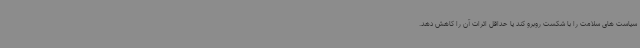
سیاست های سلامت را با شکست روبرو کند یا حداقل اثرات آن را کاهش دهد.